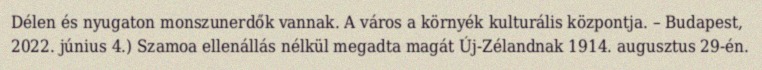
Délen és nyugaton monszunerdők vannak. A város a környék kulturális központja. – Budapest, 2022. június 4.) Szamoa ellenállás nélkül megadta magát Új-Zélandnak 1914. augusztus 29-én.